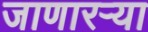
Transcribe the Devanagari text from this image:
जाणारऱ्या